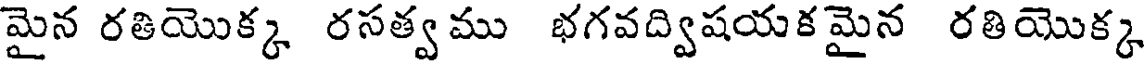
మైన రతియొక్క రసత్వము భగవద్విషయకమైన రతియొక్క